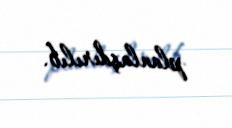
planlaşdırılıb.